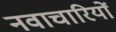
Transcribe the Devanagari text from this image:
नवाचारियों